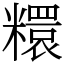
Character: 糫